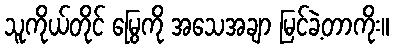
သူကိုယ်တိုင် မြွေကို အသေအချာ မြင်ခဲ့တာကိုး။